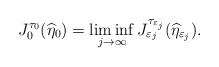
\begin{align*}J_0^{{\tau_0}}(\widehat \eta_0)= \displaystyle \liminf_{j \to \infty} J^{\tau_{\varepsilon_j}}_{\varepsilon_j}(\widehat\eta_{\varepsilon_j}).\end{align*}